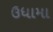
ઉધામા